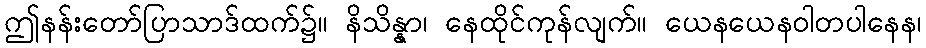
ဤနန်းတော်ပြာသာဒ်ထက်၌။ နိသိန္နာ၊ နေထိုင်ကုန်လျက်။ ယေနယေနဝါတပါနေန၊